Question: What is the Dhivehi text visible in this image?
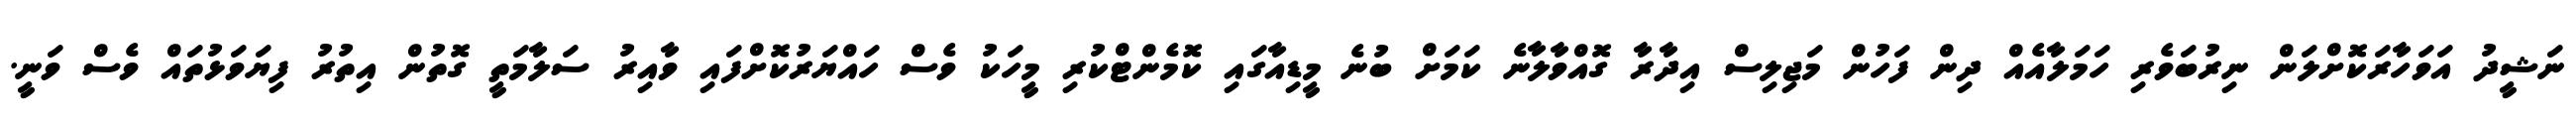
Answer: ނަޝީދު އަވަހާރަކޮށްލަން ނިރުބަވެރި ހަމަލާއެއް ދިން ފަހުން މަޖިލިސް އިދާރާ ގޮއްވާލާނެ ކަމަށް ބުނެ މީޑިއާގައި ކޮމެންޓްކުރި މީހަކު ވެސް ހައްޔަރުކޮށްފައި ވާއިރު ސަލާމަތީ ގޮތުން އިތުރު ފިޔަވަޅުތައް ވެސް ވަނީ.